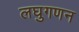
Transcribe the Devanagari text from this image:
लघुगणन